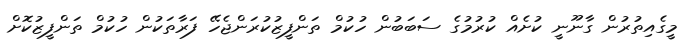
މީގެއިތުރުން ގާނޫނީ ކުށެއް ކުރުމުގެ ސަބަބުން ހުކުމް ތަންފީޒުކުރަންޖެހޭ ފަރާތަކުން ހުކުމް ތަންފީޒުކޮށް